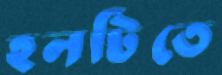
হলটিতে